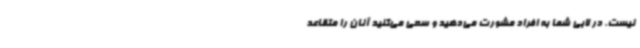
نیست. در لابی شما به افراد مشورت می‌دهید و سعی می‌کنید آنان را متقاعد